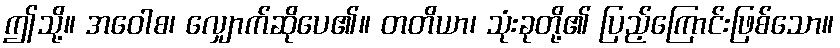
ဤသို့။ အဝေါစ၊ လျှောက်ဆိုပေ၏။ တတိယာ၊ သုံးခုတို့၏ ပြည့်ကြောင်းဖြစ်သော။